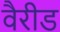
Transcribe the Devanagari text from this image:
वैरीड